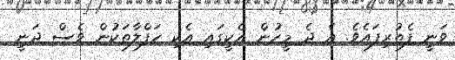
ވަނީ ފެތުރިފައެވެ. އެ ދެ މީހުން އެކީގައި އެކި ހަފްލާތަކުން ވެސް ދަނީ